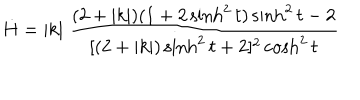
\dot { H } = | k | \; \frac { ( 2 + | k | ) ( 1 + 2 \sinh ^ { 2 } t ) \sinh ^ { 2 } t - 2 } { [ ( 2 + | k | ) \sinh ^ { 2 } t + 2 ] ^ { 2 } \cosh ^ { 2 } t }